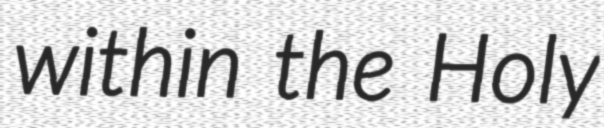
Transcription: within the Holy